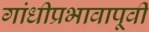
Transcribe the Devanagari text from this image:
गांधीप्रभावापूर्वी